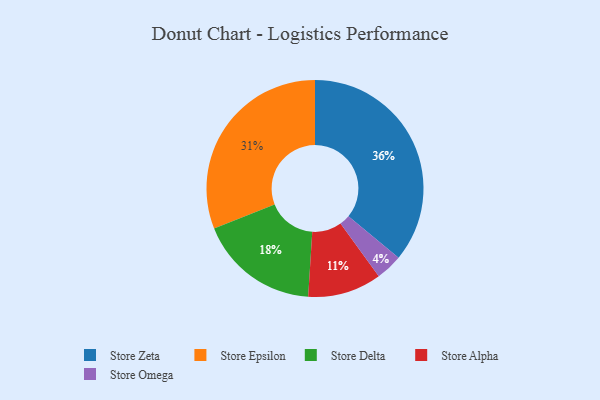
{"axis": {"x": "Category", "y": "Percentage"}, "legend": ["Store Alpha", "Store Delta", "Store Epsilon", "Store Omega", "Store Zeta"], "data": [{"x": "Store Omega", "y": 4, "type": "Store Omega"}, {"x": "Store Epsilon", "y": 31, "type": "Store Epsilon"}, {"x": "Store Delta", "y": 18, "type": "Store Delta"}, {"x": "Store Alpha", "y": 11, "type": "Store Alpha"}, {"x": "Store Zeta", "y": 36, "type": "Store Zeta"}]}